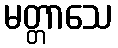
မတ္တာသေ